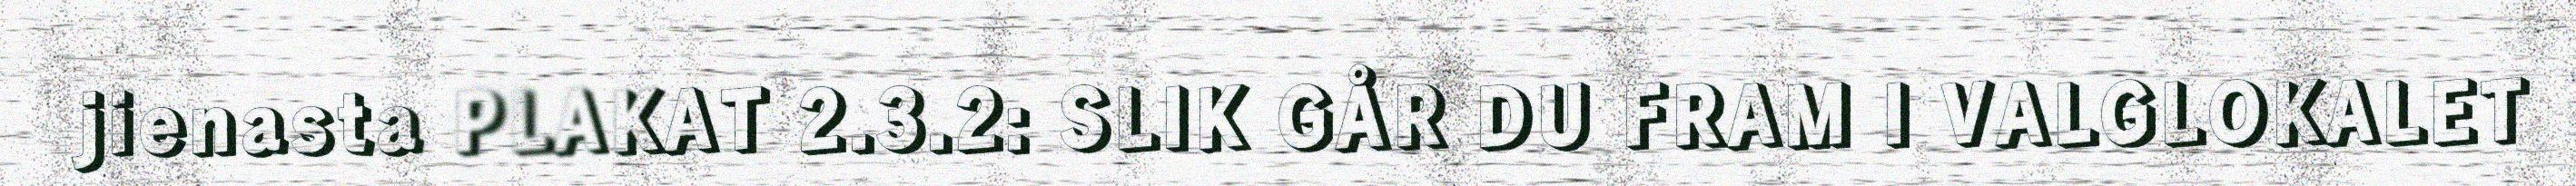
jienasta PLAKAT 2.3.2: SLIK GÅR DU FRAM I VALGLOKALET